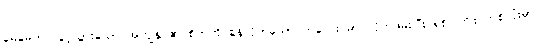
မေမေက လွင့်သွားသော အကျွန်ုပ်၏ စိတ်ကို စွန်လိုက်သော ကလေးပမာ လိုက်ဖမ်းပြီး ရစ် ကြိုး တစ်လုံးမှာ